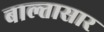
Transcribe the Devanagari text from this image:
बाल्तासार